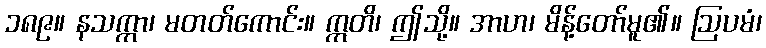
၁၈၉။ နသက္ကာ၊ မတတ်ကောင်း။ ဣတိ၊ ဤသို့။ အာဟ၊ မိန့်တော်မူ၏။ ဩပမံ၊